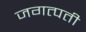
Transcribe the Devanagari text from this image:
जगत्पती